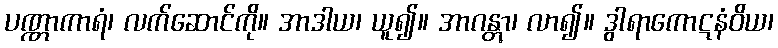
ပဏ္ဏာကာရံ၊ လက်ဆောင်ကို။ အာဒါယ၊ ယူ၍။ အာဂန္တွာ၊ လာ၍။ ဒွါရာကောဋနံဝိယ၊